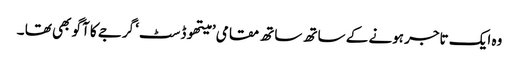
وہ ایک تاجر ہونے کے ساتھ ساتھ مقامی ’ میتھوڈسٹ‘ گرجے کا آگو بھی تھا ۔